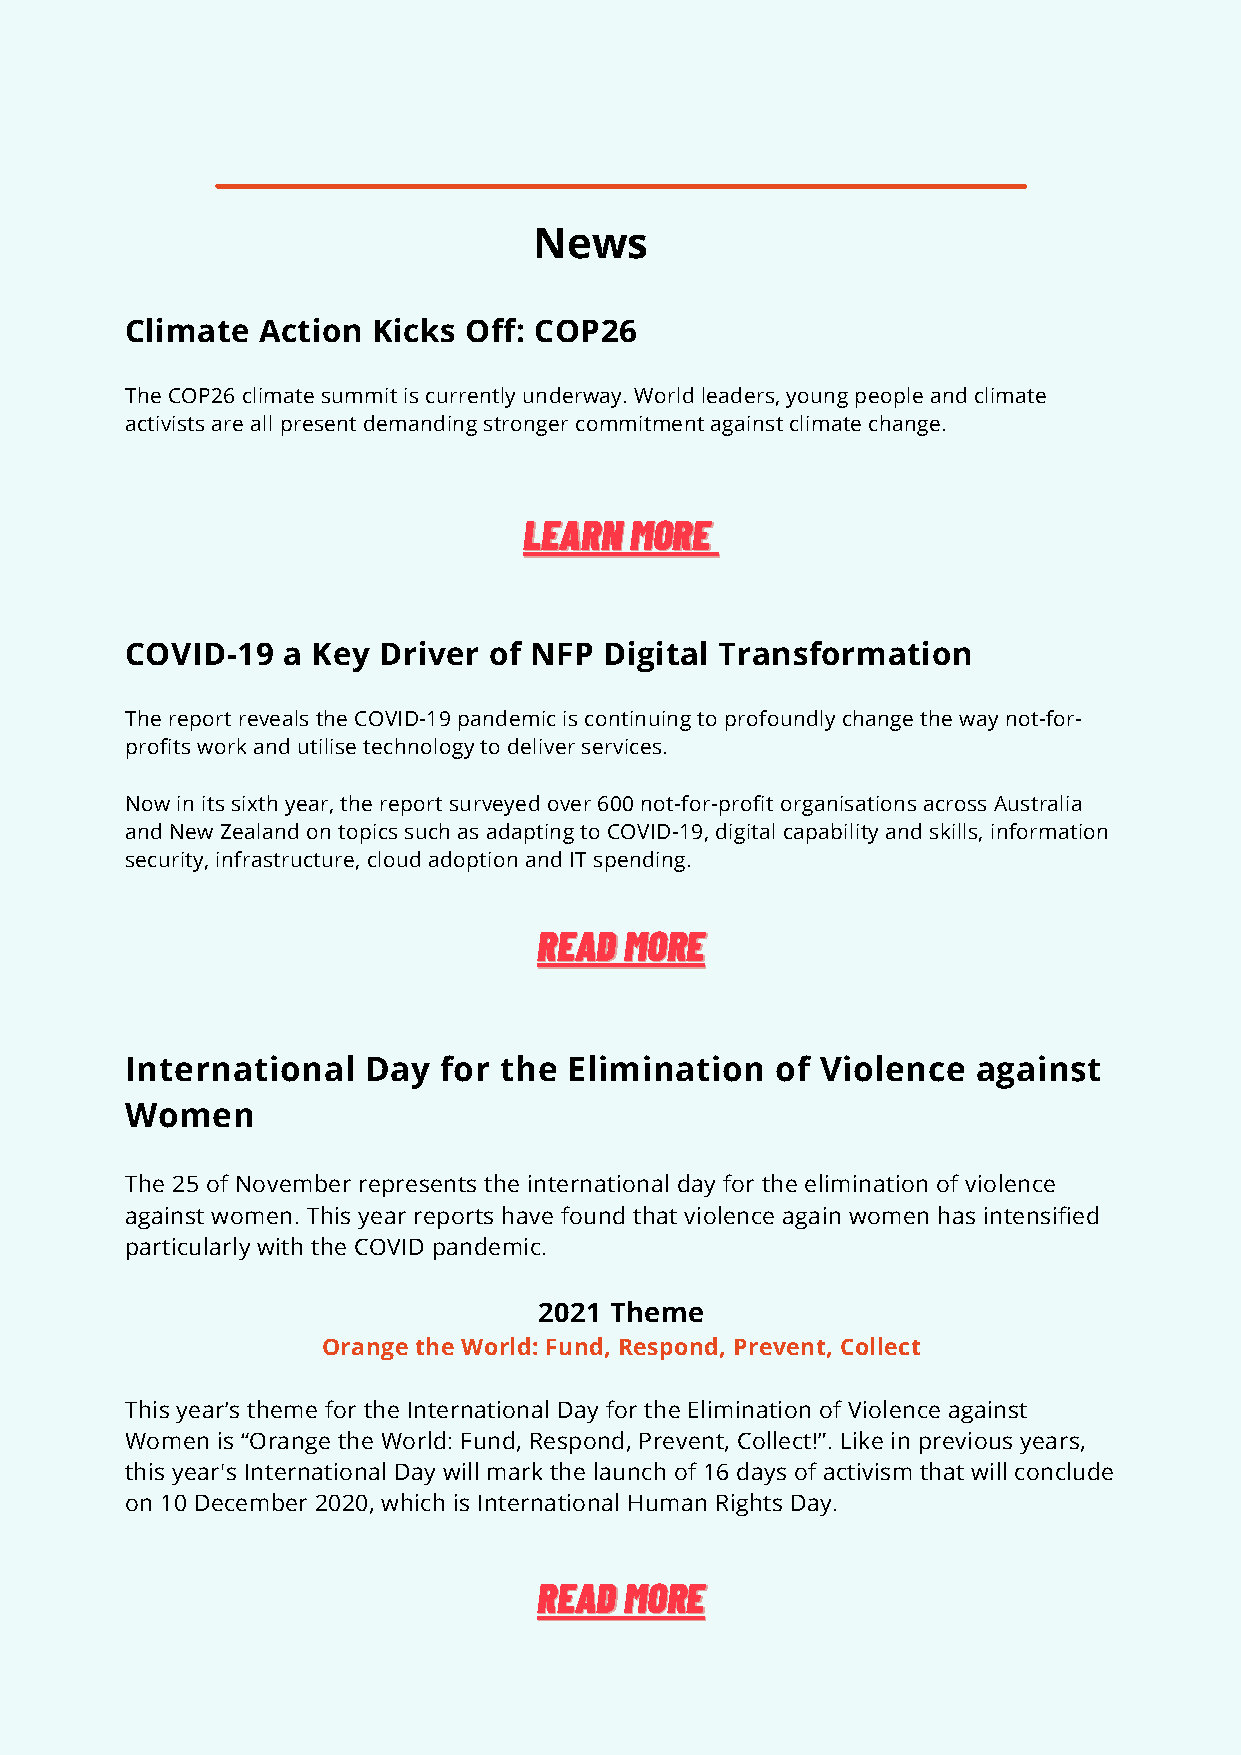
News
 Climate  Action  Kicks Off: COP26
 The COP26 climate summit is currently underway. World leaders, young people and climate
 activists are all present demanding stronger commitment against climate change.
 LLEEAARRNN MMOORREE
 COVID-19   a Key Driver of NFP  Digital Transformation
 The report reveals the COVID-19 pandemic is continuing to profoundly change the way not-for-
 profits work and utilise technology to deliver services.
 Now in its sixth year, the report surveyed over 600 not-for-profit organisations across Australia
 and New Zealand on topics such as adapting to COVID-19, digital capability and skills, information
 security, infrastructure, cloud adoption and IT spending.
 RREEAADD MMOORREE
 International   Day  for the  Elimination  of Violence   against
 Women
 The 25 of November represents the international day for the elimination of violence
 against women. This year reports have found that violence again women has intensified
 particularly with the COVID pandemic.
 2021 Theme
 Orange the World: Fund, Respond, Prevent, Collect
 This year’s theme for the International Day for the Elimination of Violence against
 Women is “Orange the World: Fund, Respond, Prevent, Collect!”. Like in previous years,
 this year's International Day will mark the launch of 16 days of activism that will conclude
 on 10 December 2020, which is International Human Rights Day.
 RREEAADD MMOORREE